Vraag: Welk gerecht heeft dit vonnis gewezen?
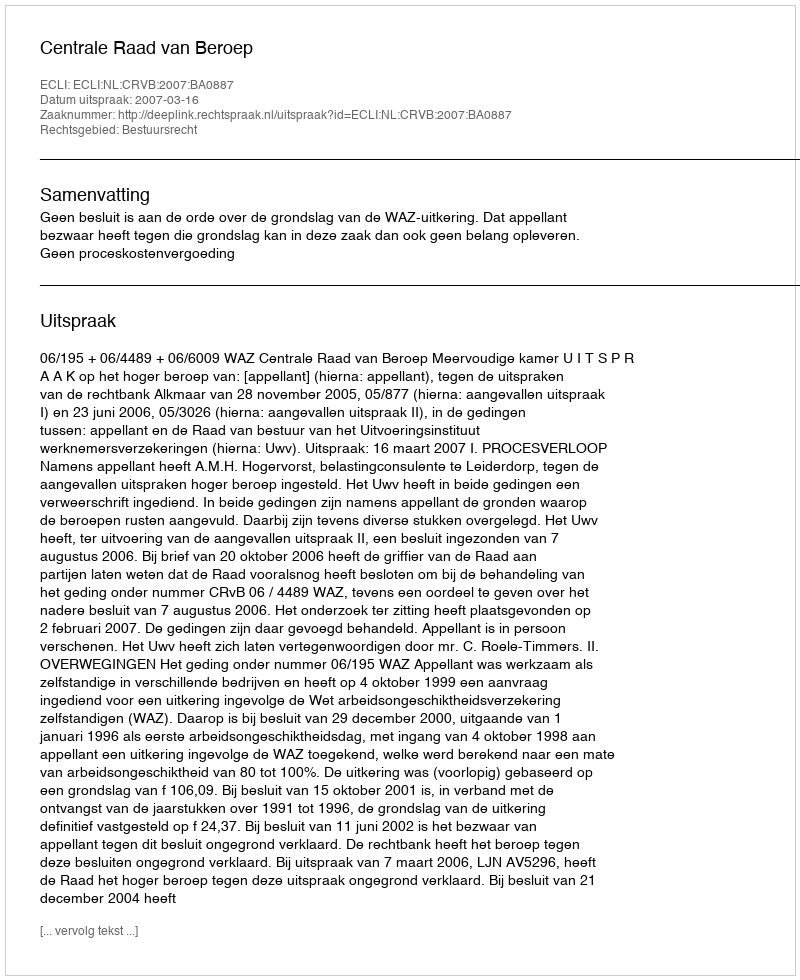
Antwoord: Centrale Raad van Beroep